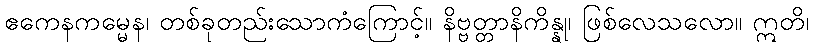
ဧကေနကမ္မေန၊ တစ်ခုတည်းသောကံကြောင့်။ နိဗ္ဗတ္တာနိကိန္နု၊ ဖြစ်လေသလော။ ဣတိ၊